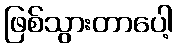
ဖြစ်သွားတာပေါ့